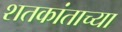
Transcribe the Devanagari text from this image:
शतकांताच्या